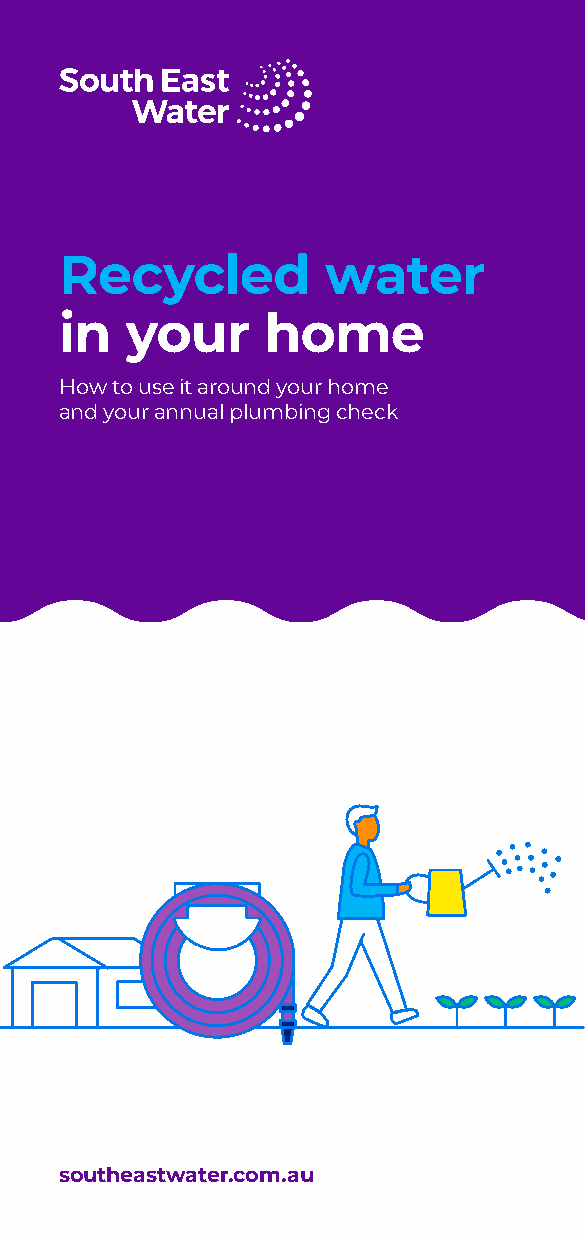
Recycled         water
 in  your     home
 How to use it around your home
 and your annual plumbing check
 southeastwater.com.au